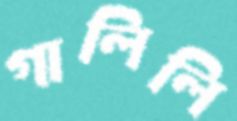
গালিলি